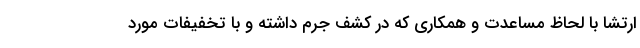
ارتشا با لحاظ مساعدت و همکاری که در کشف جرم داشته و با تخفیفات مورد